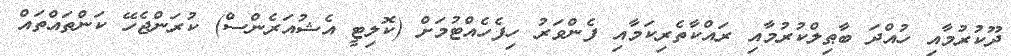
ދޫކުރުމާއި ހުއްދަ ބާޠިލްކުރުމާއި ރައްކާތެރިކަމާއި ފެންވަރު ހިފެހެއްޓުމަށް (ކޮލިޓީ އެޝުއަރެންސް) ކުރަންޖެހޭ ކަންތައްތައް